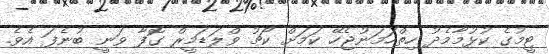
ޓީމުގެ ކުޅުމާމެދު ހިތްހަމަނުޖެހޭ ކަމަށް ކޯޗު ވްލަޑަމީރް ގޮފާ ވަނީ ބުނެފަ އެވެ.